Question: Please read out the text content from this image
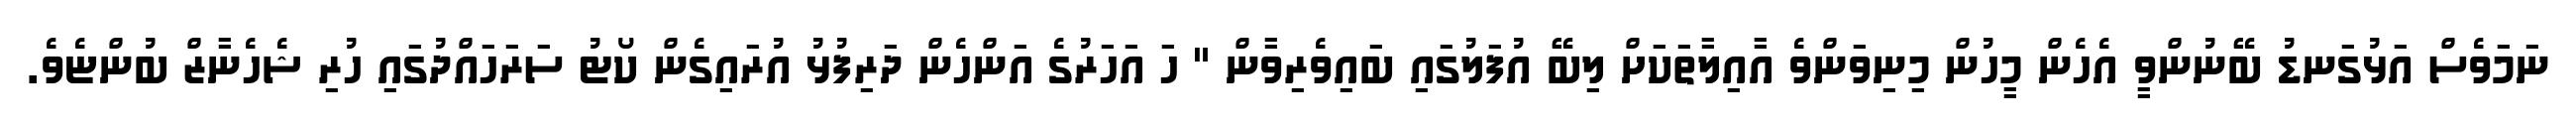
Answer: ނަމަވެސް އަޅުގަނޑު ބޭނުންވީ އެހެން މީހުން މިނިވަންވެ އާއިލާތަކަށް ލިބޭ އުފަލުގައި ބައިވެރިވާން " ހަ އަހަރުގެ އަންހެން ދަރިފުޅު އުރައިގެން ކޯޓު ސަރަހައްދުގައި ހުރި ޝެހެނާޒް ބުންޏެވެ.